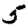
Digit: 5